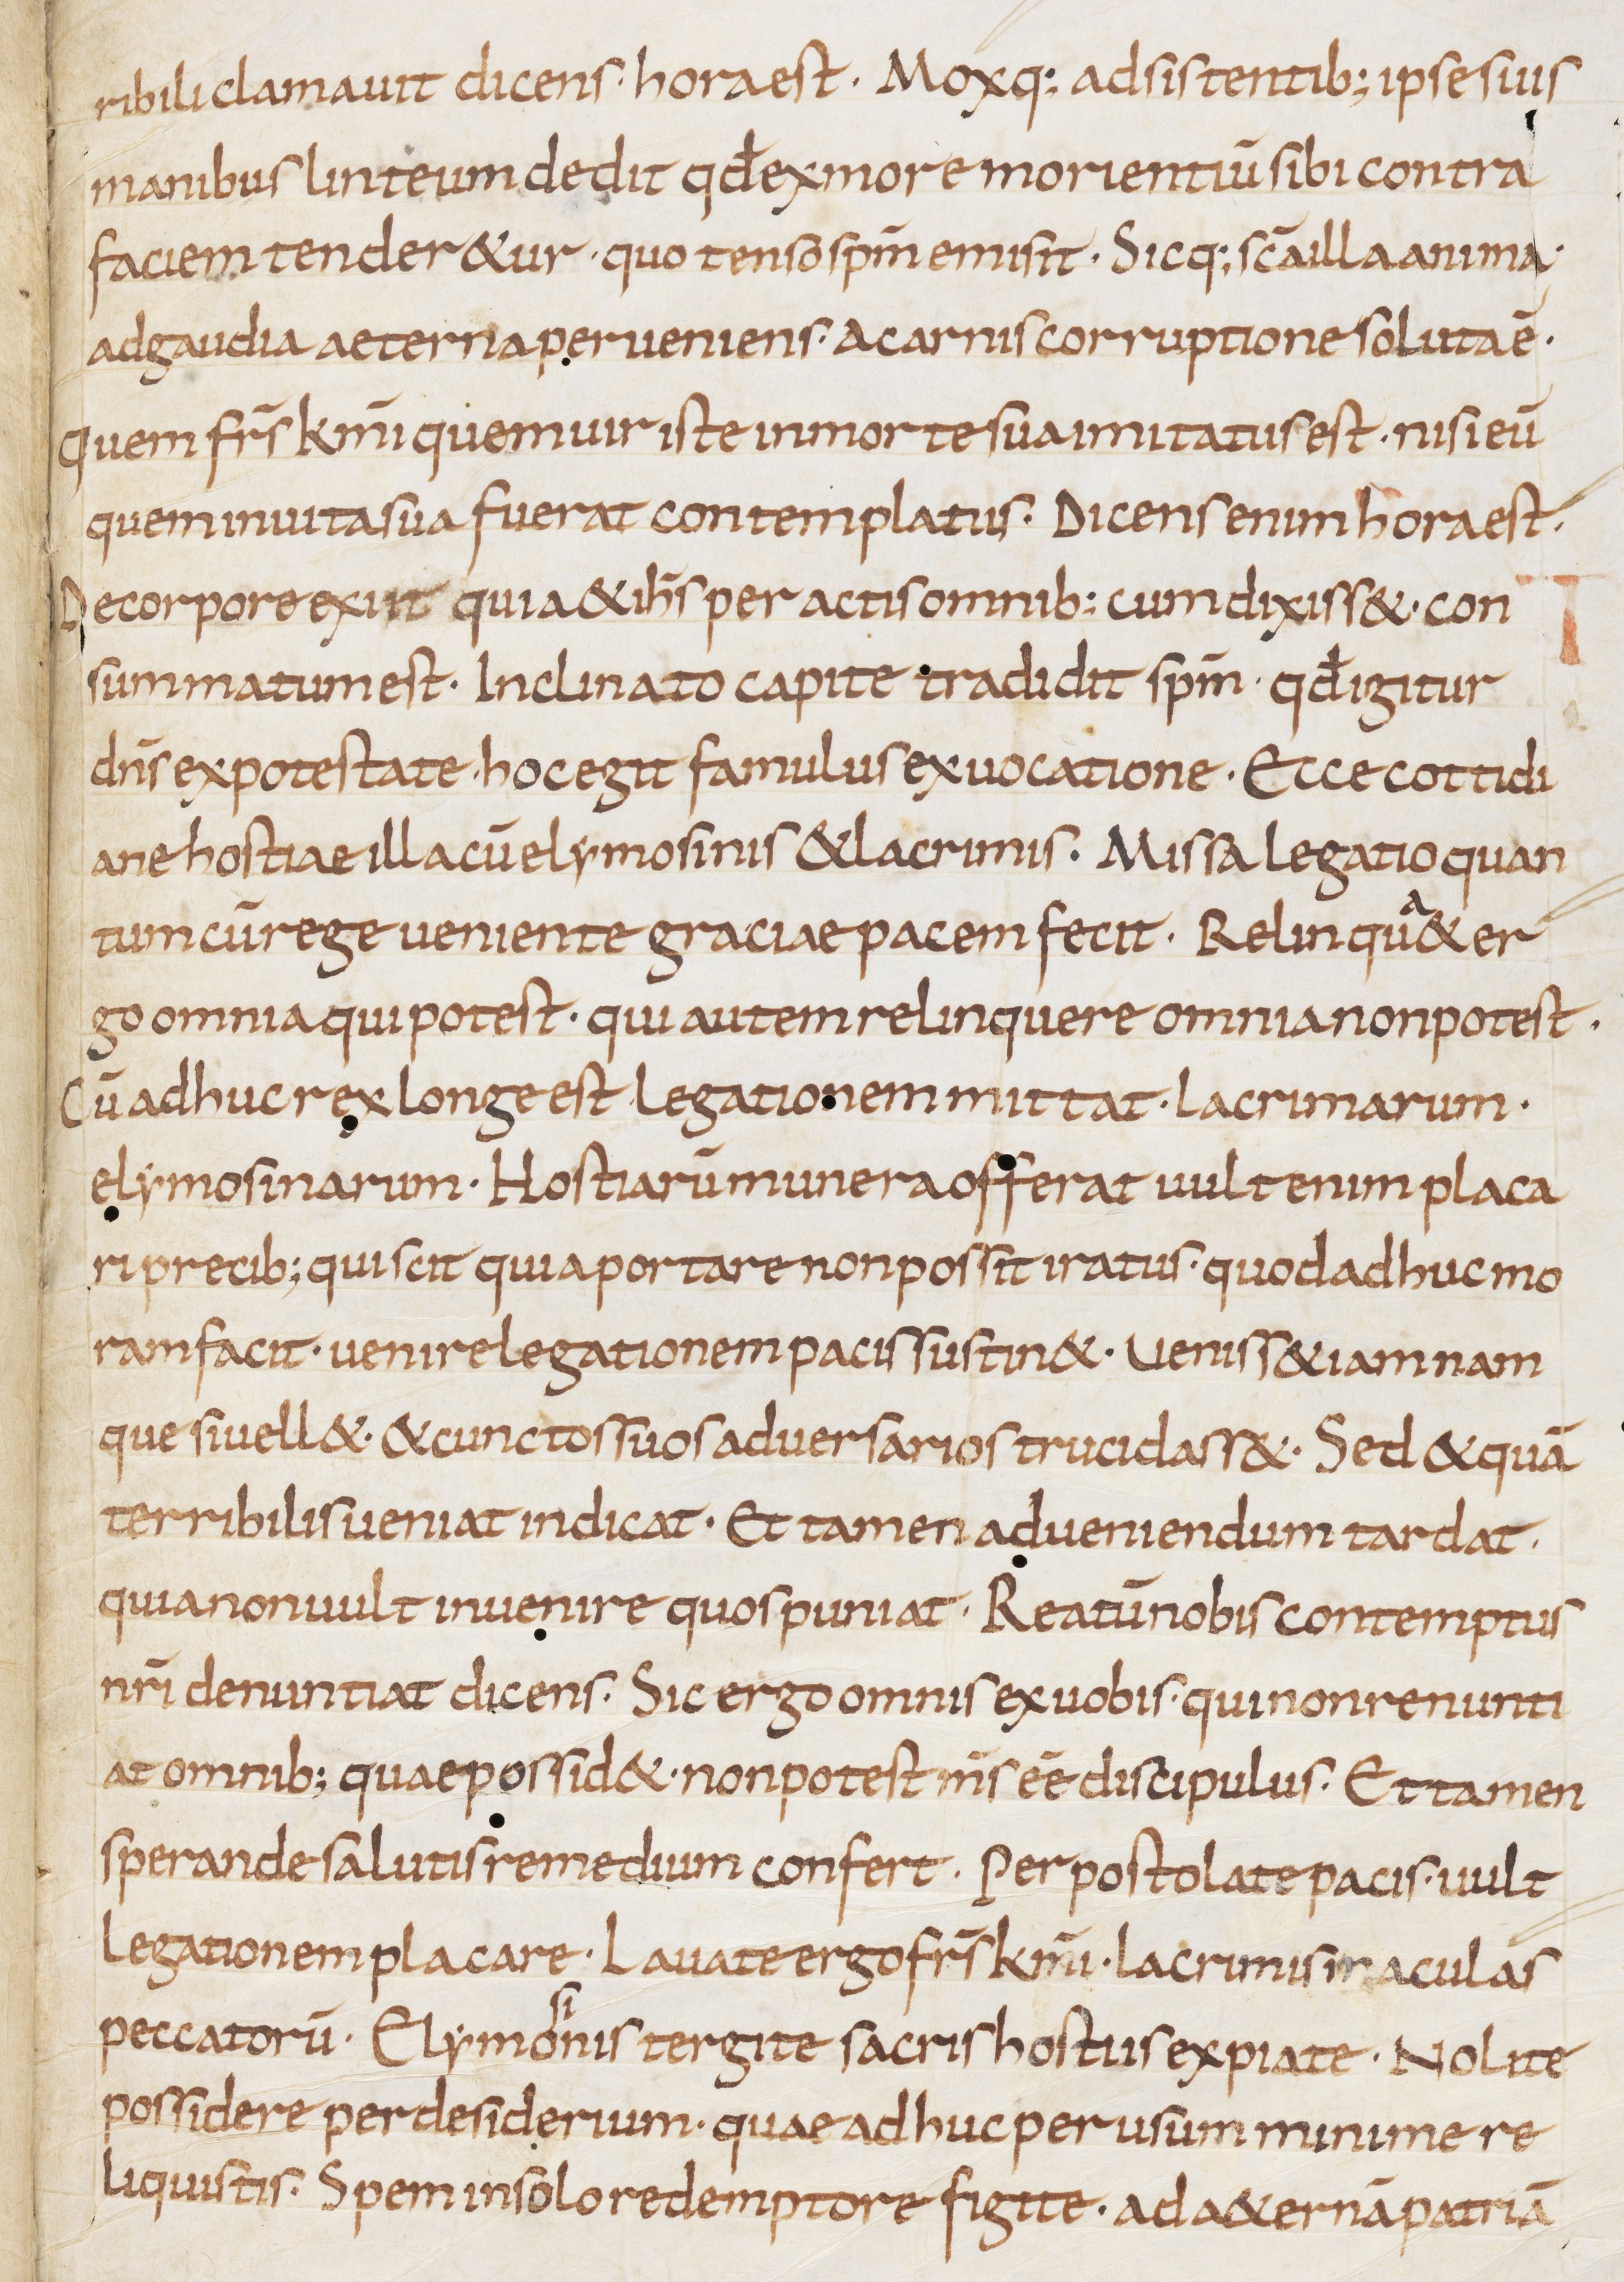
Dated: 833–999